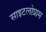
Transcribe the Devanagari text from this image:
साइटलोप्राम